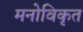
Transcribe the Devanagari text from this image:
मनोविकृत